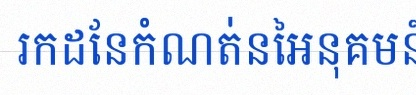
រកដែនកំណត់នៃអនុគមន៍